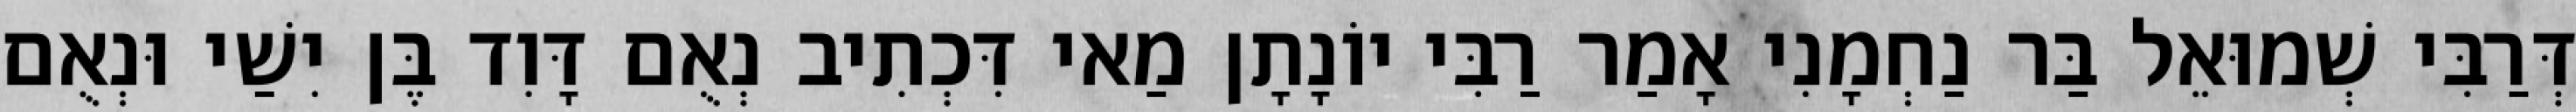
דְּרַבִּי שְׁמוּאֵל בַּר נַחְמָנִי אָמַר רַבִּי יוֹנָתָן מַאי דִּכְתִיב נְאֻם דָּוִד בֶּן יִשַׁי וּנְאֻם